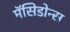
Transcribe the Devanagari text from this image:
मॅसिडोन्स